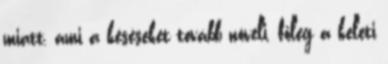
miatt, ami a késéseket tovább növeli, főleg a keleti